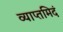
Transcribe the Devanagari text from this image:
व्याप्तमिदं